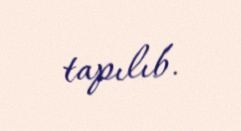
tapılıb.